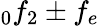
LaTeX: _0f_{2}\pm f_{e}